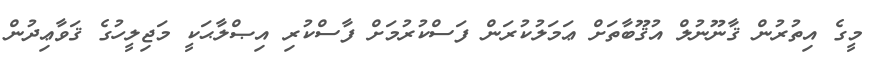
މީގެ އިތުރުން ޤާނޫނުލް އުޤޫބާތަށް ޢަމަލުކުރަން ފަސްކުރުމަށް ފާސްކުރި އިޞްލާޙަކީ މަޖިލީހުގެ ޤަވާޢިދުން